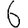
Digit: 6